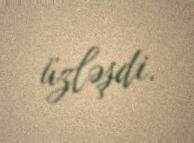
üzləşdi.